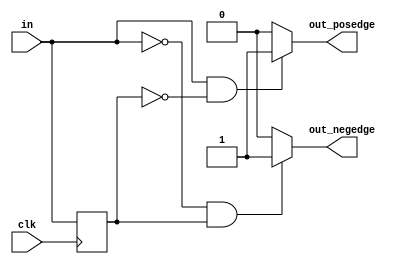
module one_shot
  (
   input wire  clk,
   input wire  in,
   output wire out_posedge,
   output wire out_negedge
   );

  localparam TRUE = 1'b1;
  localparam FALSE = 1'b0;

  reg     in_d1;

  always @(posedge clk)
    begin
      in_d1 <= in;
    end

  assign out_posedge = ((in == TRUE) && (in_d1 == FALSE)) ? TRUE : FALSE;
  assign out_negedge = ((in == FALSE) && (in_d1 == TRUE)) ? TRUE : FALSE;

endmodule